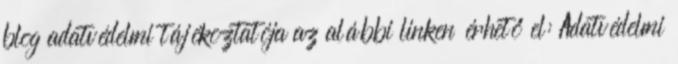
blog adatvédelmi tájékoztatója az alábbi linken érhető el: Adatvédelmi